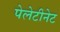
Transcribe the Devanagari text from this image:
पेलेटीनेट